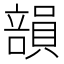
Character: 𥪾